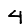
Digit: 4